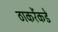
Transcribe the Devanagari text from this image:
ठाकरेंकडे